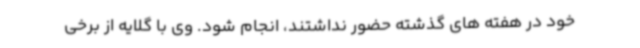
خود در هفته ‌های گذشته حضور نداشتند، انجام شود. وی با گلایه از برخی